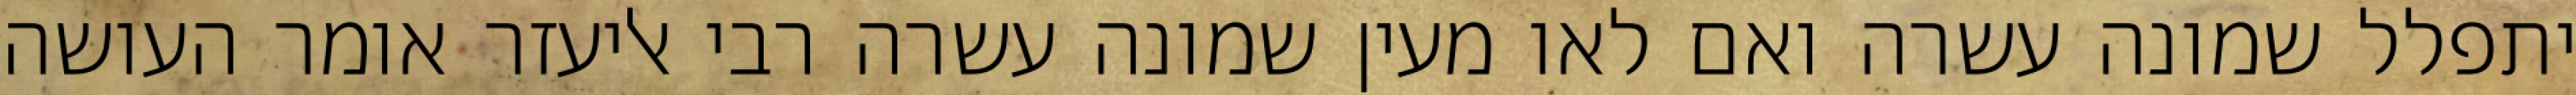
יתפלל שמונה עשרה ואם לאו מעין שמונה עשרה רבי אליעזר אומר העושה